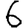
Digit: 6